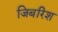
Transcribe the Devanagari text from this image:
जिबरिश